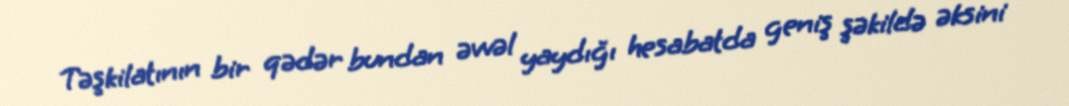
Təşkilatının bir qədər bundan əvvəl yaydığı hesabatda geniş şəkildə əksini